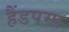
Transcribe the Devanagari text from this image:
हैंडपम्प